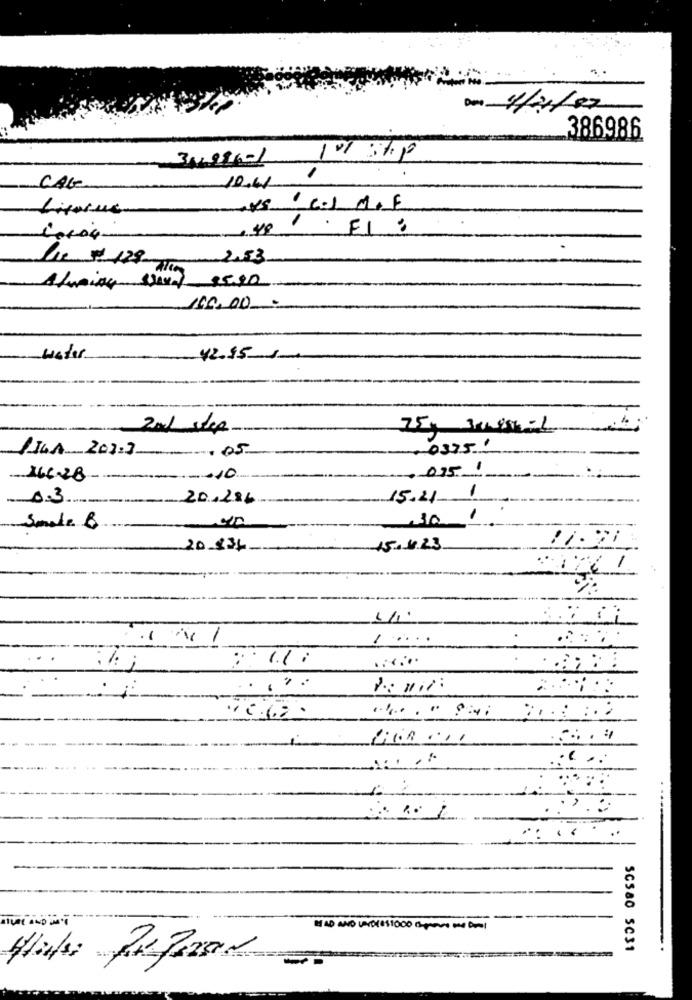
Der 4/02/12
386986
-
31991-1
CAG
10.61
VSC.I .F
2.53
100,00
water
42.95/
1IGA 201.2
03951
--- 05
-- 0351
166-28
------ 10
0.3
20.286
15.41 1
10
Smale B
20 134
15.623
.1
1 .....
...
i
....
.,
....
..
SC580 SC31